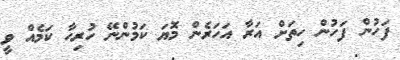
ފަހުން ފަހުން ހިތަށް އަރާ އަހަރެން މޮޔަ ކަމުންނޭ ހުރިހާ ކަމެއް ވީ